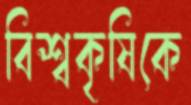
বিশ্বকৃষিকে